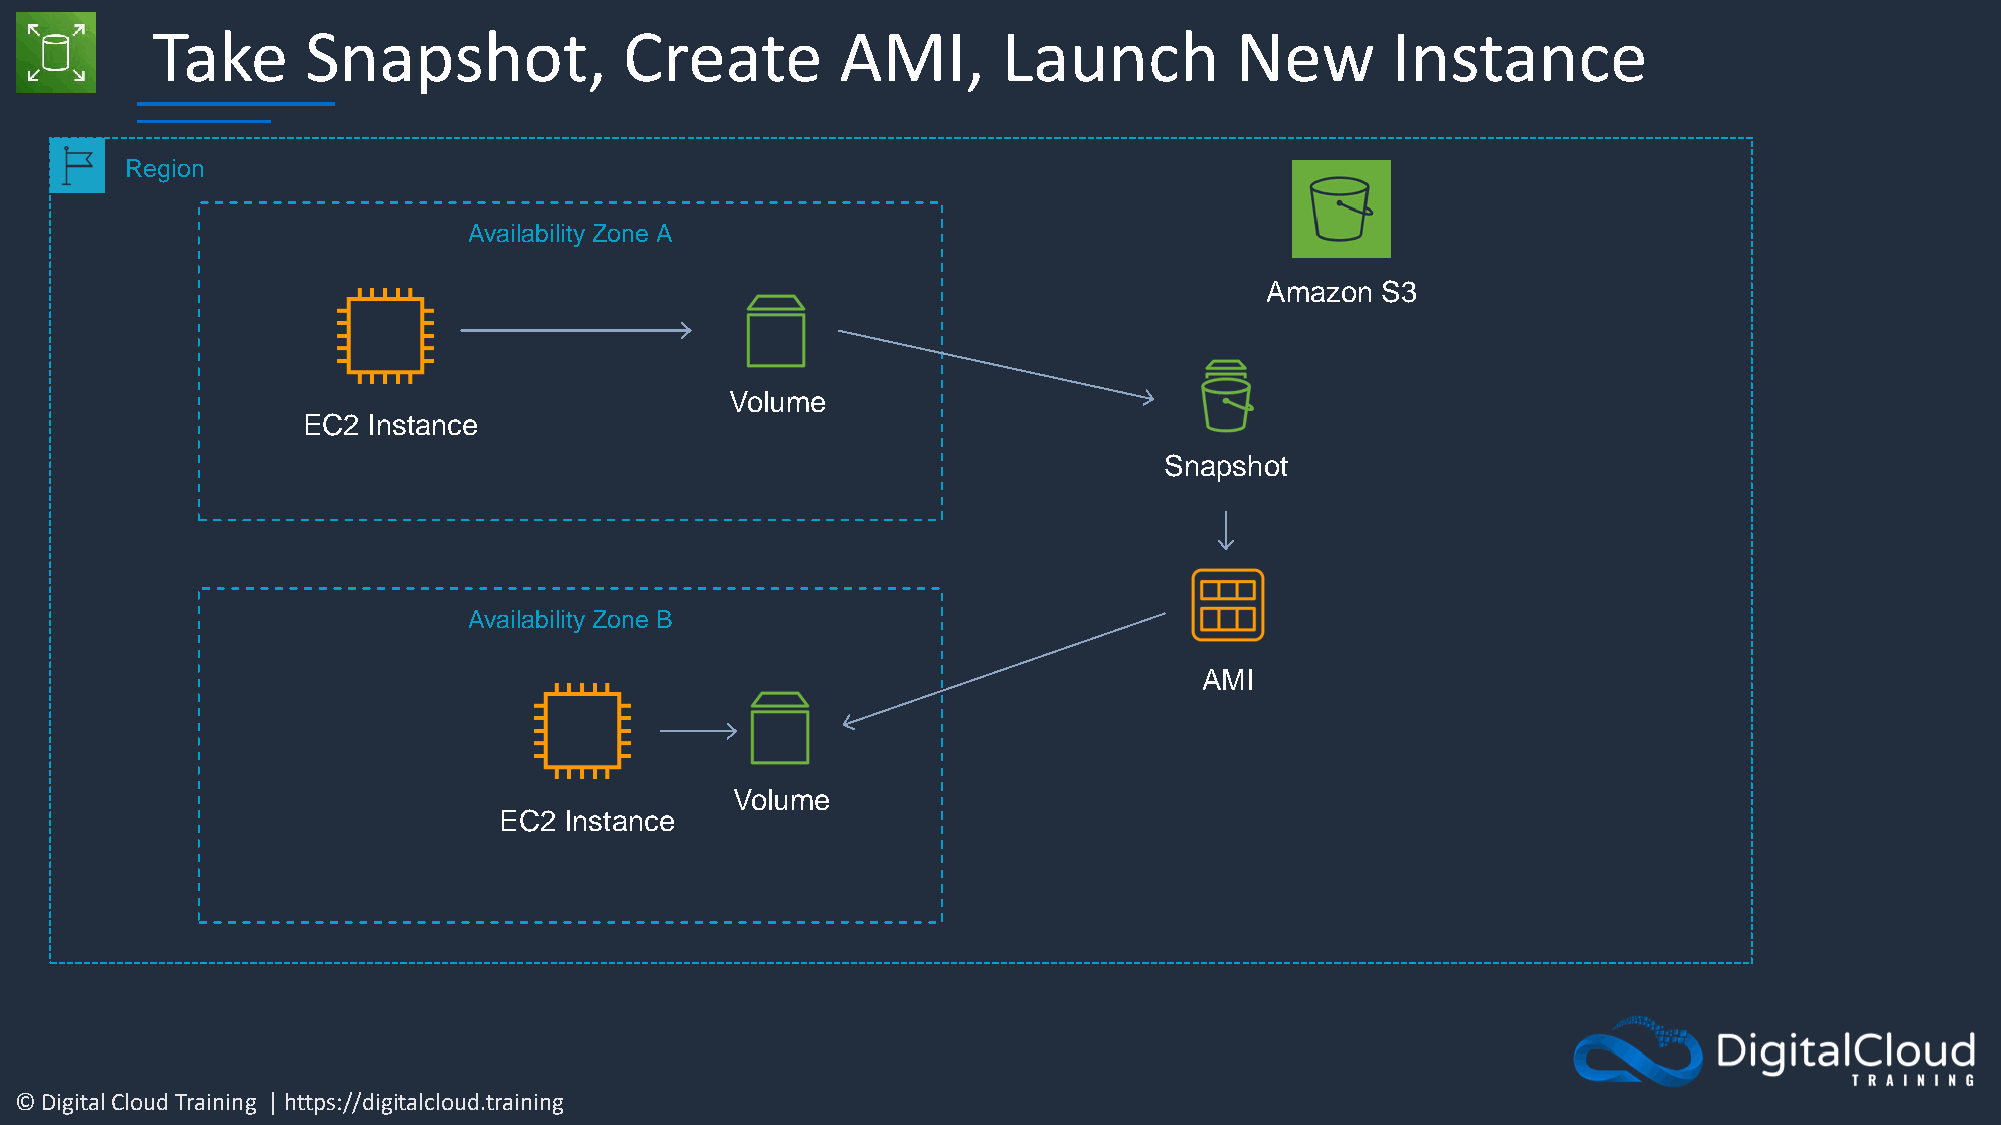
Take      Snapshot,            Create         AMI,      Launch          New       Instance
 Region
 Availability Zone A
 Amazon S3
 Volume
 EC2 Instance
 Snapshot
 Availability Zone B
 AMI
 Volume
 EC2 Instance
 © Digital Cloud Training | https://digitalcloud.training